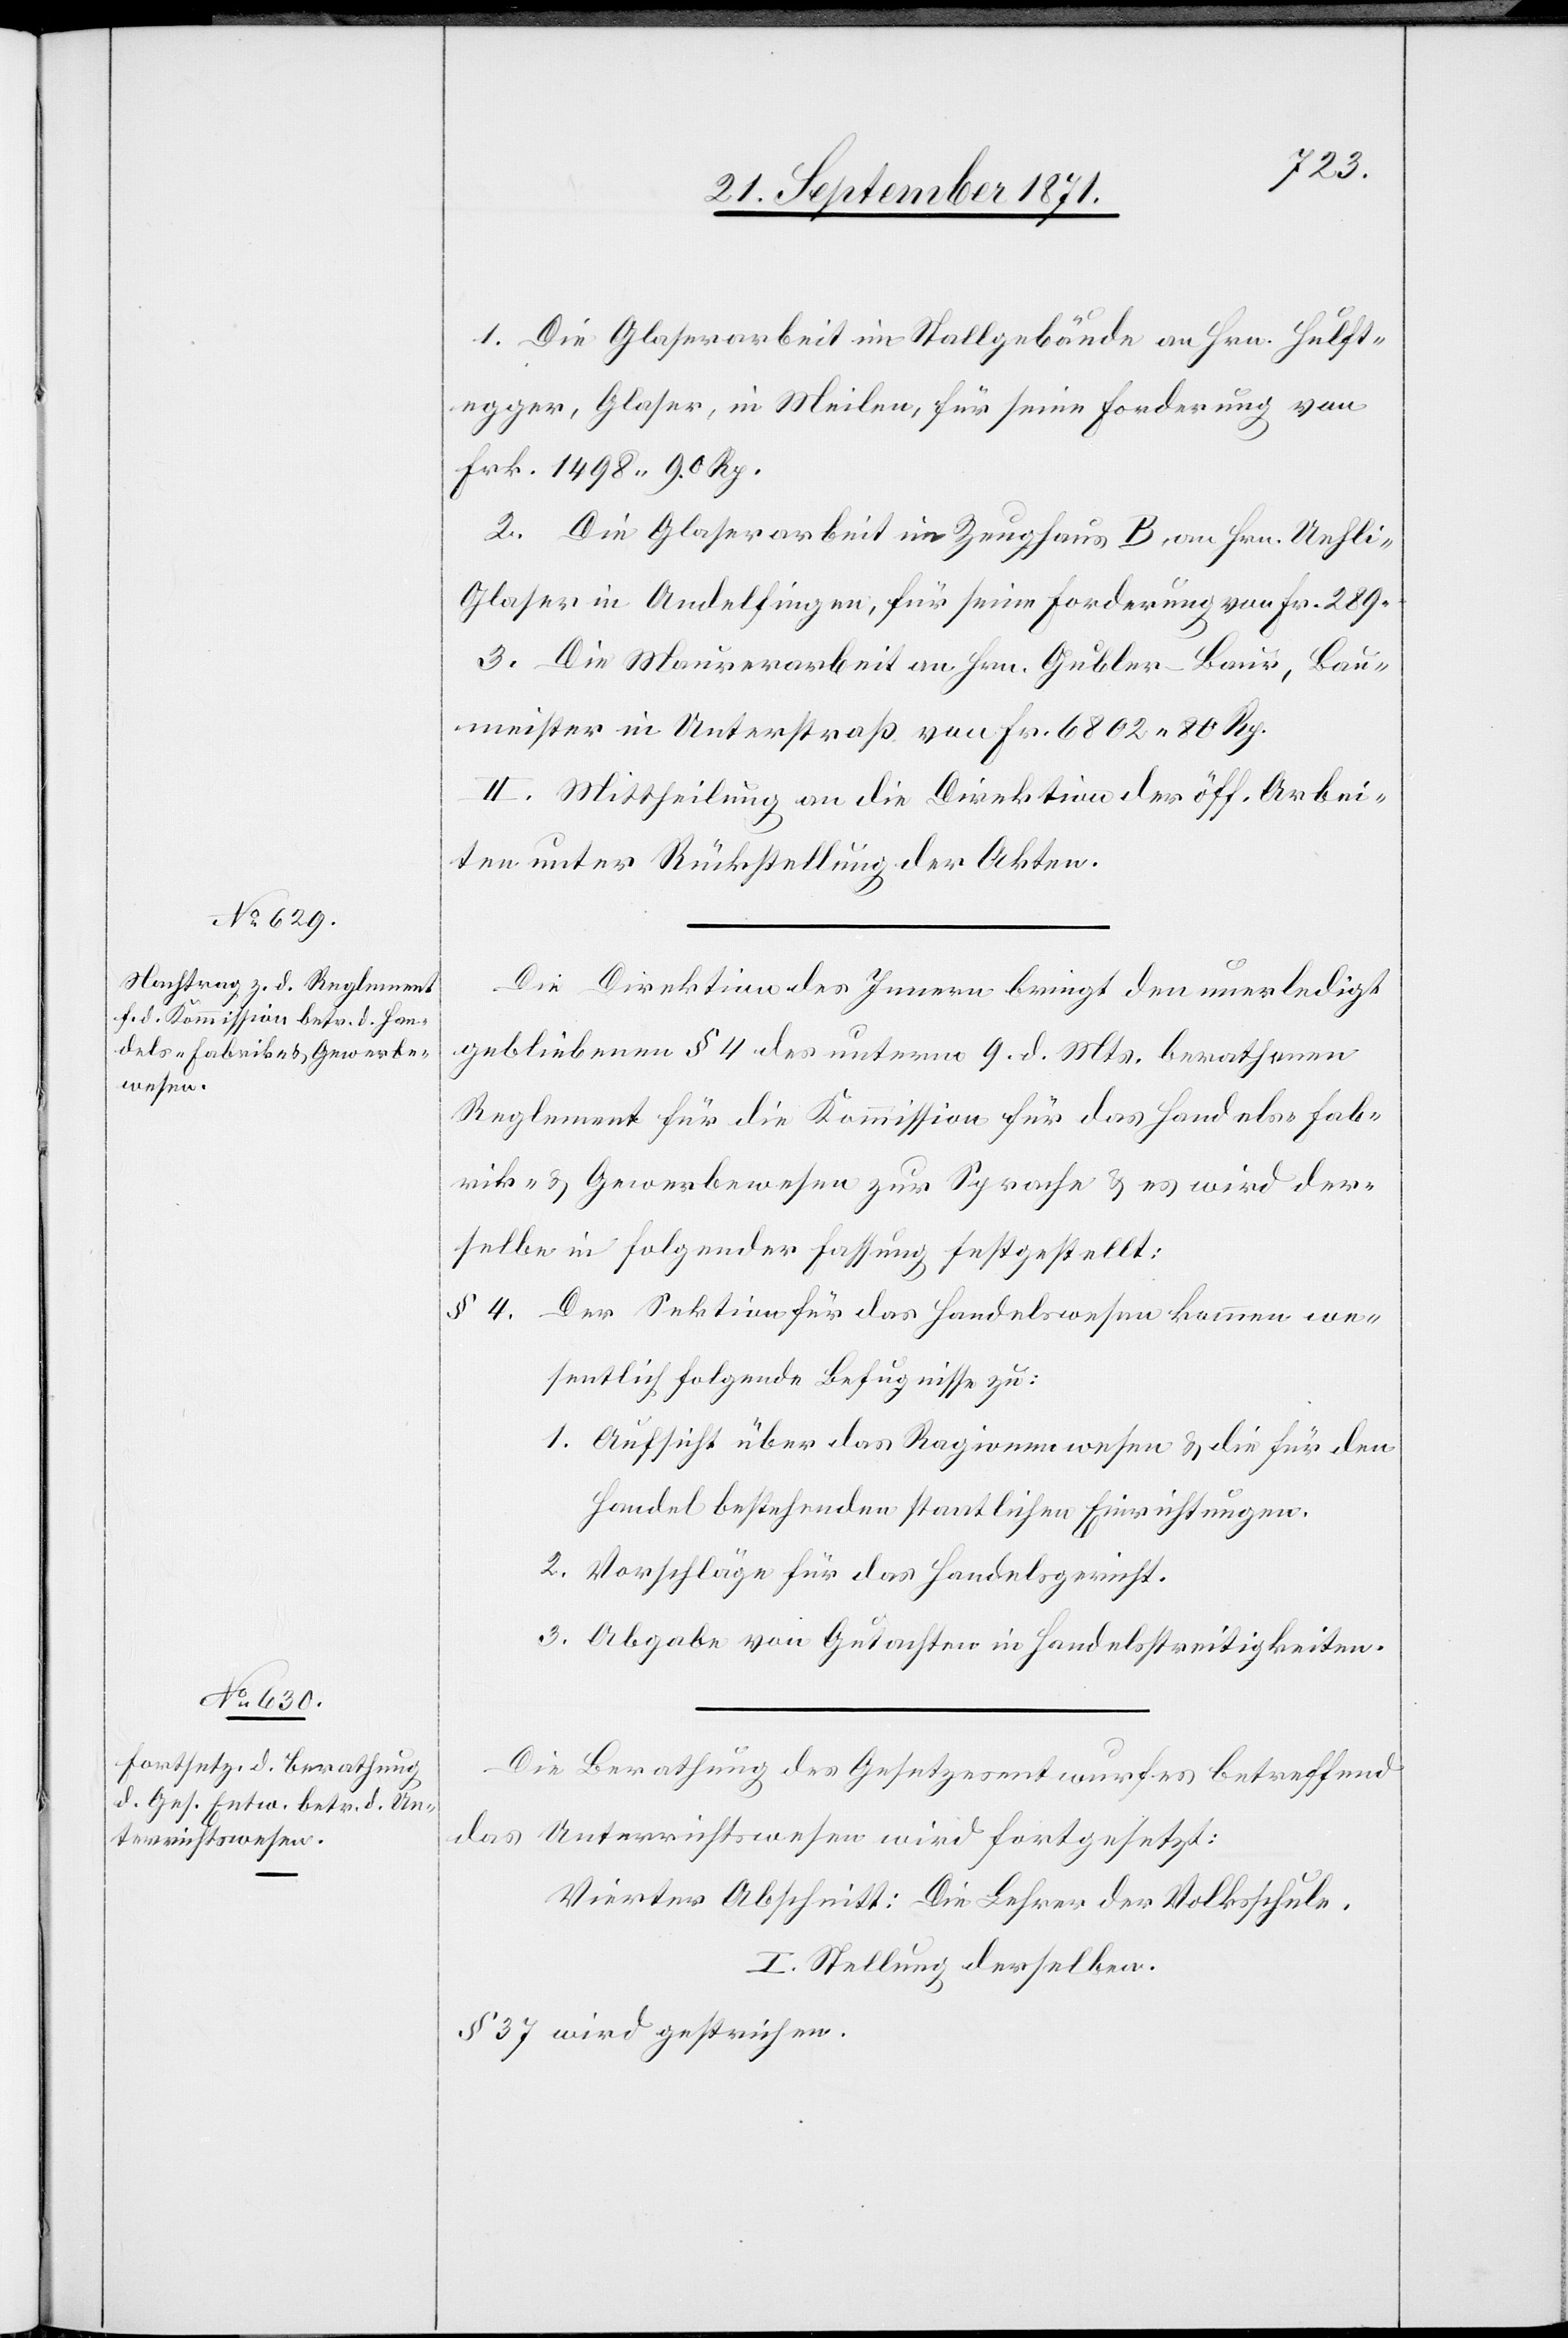
1. Die Glaserarbeit im Stallgebäude an Hrn. Hulft¬
egger, Glaser, in Meilen, für seine Forderung von
Frk. 1198 90 Rp.]
2. Die Glaserarbeit im Zeughaus B an Hrn. Uehli,
Glaser in Andelfingen, für seine Forderung von Fr. 289 –.
3. Die Maurerarbeit an Hrn. Gubler-Baur, Bau¬
meister in Unterstraß von Fr. 6802 80 Rp.
II. Mittheilung an die Direktion der öff. Arbei¬
ten unter Rückstellung der Akten.
Die Direktion des Innern bringt den unerledigt
gebliebenen § 4 des unterm 9. d. Mts. berathenen
Reglements für die Kommission für das Handels-[,] Fab¬
riks- & Gewerbewesen zur Sprache & es wird der¬
selbe in folgender Fassung festgestellt:
§ 4. Der Sektion für das Handelswesen kommen we¬
sentlich folgende Befugnisse zu:
1. Aufsicht über das Ragionenwesen & die für den
Handel bestehenden staatlichen Einrichtungen.
2. Vorschläge für das Handelsgericht.
3. Abgabe von Gutachten in Handelsstreitigkeiten.
Die Berathung des Gesetzesentwurfes betreffend
das Unterrichtswesen wird fortgesetzt:
Vierter Abschnitt: Die Lehrer der Volksschule.
I. Stellung derselben.
§ 37 wird gestrichen.